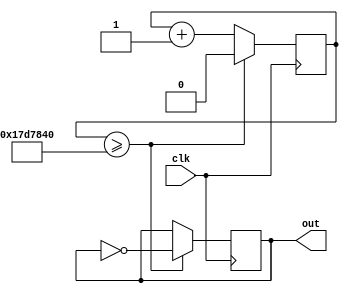
`timescale 1ns / 1ps
//////////////////////////////////////////////////////////////////////////////////
// Company: 
// Engineer: 
// 
// Design Name: 
// Module Name:    clk_1s 
// Project Name: 
// Target Devices: 
// Tool versions: 
// Description: 
//
// Dependencies: 
//
// Revision: 
// Revision 0.01 - File Created
// Additional Comments: 
//
//////////////////////////////////////////////////////////////////////////////////
module clk_1s(
    input clk,
    output reg out
    );
	 reg q;
	 
always @ (posedge clk)
				if (q>=25000000)
					begin
					q<=0;
					out=~out;
					end
				else
				q<=q+1;


endmodule